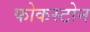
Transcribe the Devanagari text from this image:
फोकस्टोन